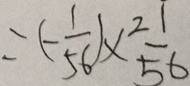
= ( - \frac { 1 } { 5 6 } ) \times \frac { 2 1 } { 5 6 }